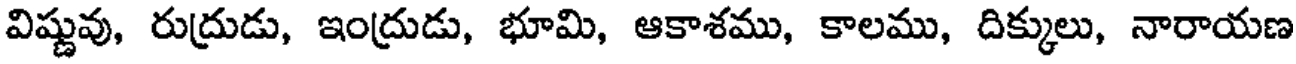
విష్ణువు, రుద్రుడు, ఇంద్రుడు, భూమి, ఆకాశము, కాలము, దిక్కులు, నారాయణ